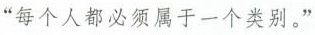
“每个人都必须属于一个类别。”